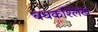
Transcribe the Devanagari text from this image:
बधकश्लिख